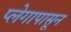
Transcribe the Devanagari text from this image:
प्लेगापासून